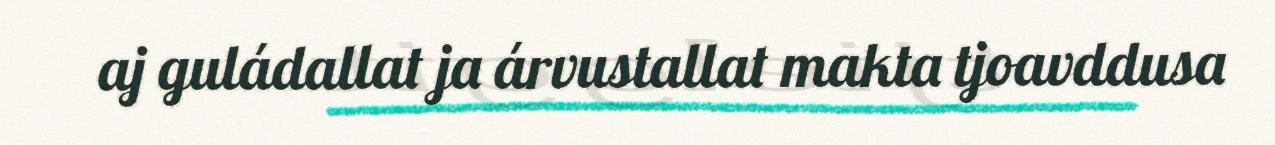
aj guládallat ja árvustallat makta tjoavddusa